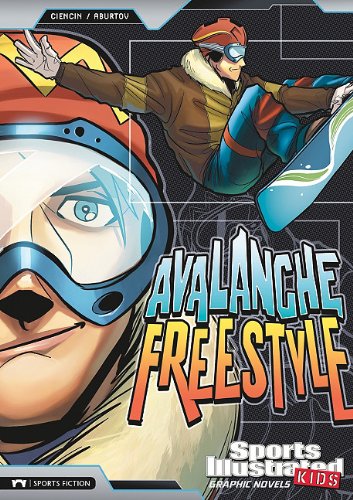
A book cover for Avalanche Freestyle (Sports Illustrated Kids Graphic Novels); Scott Ciencin; Children's Books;